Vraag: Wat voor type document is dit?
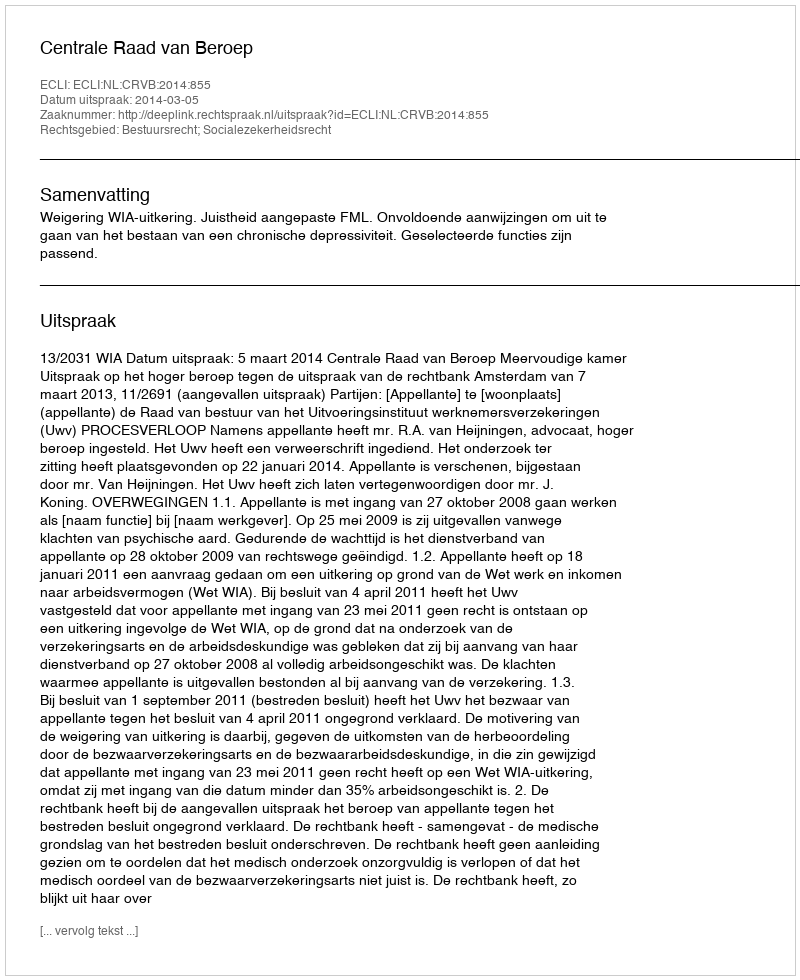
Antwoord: Uitspraak